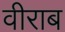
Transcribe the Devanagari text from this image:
वीराब